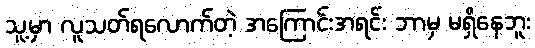
သူ့မှာ လူသတ်ရလောက်တဲ့ အကြောင်းအရင်း ဘာမှ မရှိနေဘူး